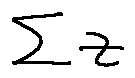
\sum z